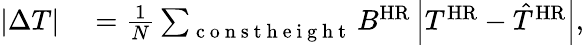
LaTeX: \begin{array}{rl}{\left\lvert\Delta T\right\rvert}&{{}=\frac{1}{N}\sum_{\mathrm{~c~o~n~s~t~h~e~i~g~h~t~}}B^{\mathrm{HR}}\left\lvert T^{\mathrm{HR}}-\hat{T}^{\mathrm{HR}}\right\rvert,}\end{array}